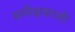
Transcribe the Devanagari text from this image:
समीक्षकाशी